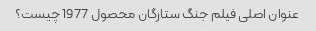
عنوان اصلی فیلم جنگ ستارگان محصول 1977 چیست؟